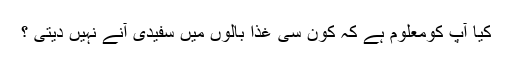
کیا آپ کومعلوم ہے کہ کون سی غذا بالوں میں سفیدی آنے نہیں دیتی ؟